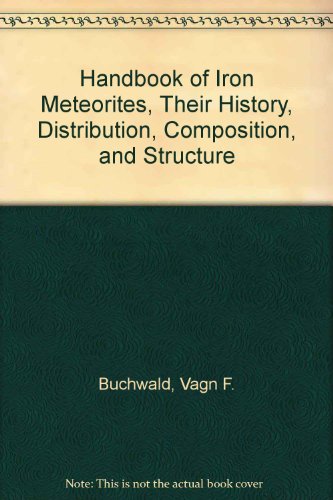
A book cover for Handbook of Iron Meteorites, Their History, Distribution, Composition, and Structure; Vagn F. Buchwald; Science & Math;